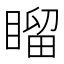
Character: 𥉳